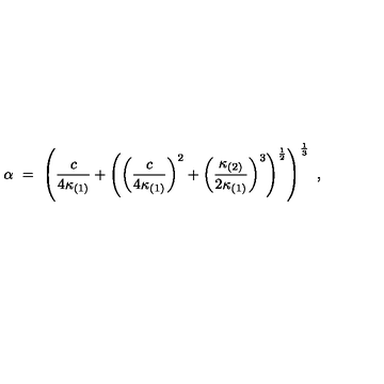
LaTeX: \alpha \ = \ \left( \frac { c } { 4 \kappa _ { ( 1 ) } } + \left( \left( \frac { c } { 4 \kappa _ { ( 1 ) } } \right) ^ { 2 } + \left( \frac { \kappa _ { ( 2 ) } } { 2 \kappa _ { ( 1 ) } } \right) ^ { 3 } \right) ^ { \frac { 1 } { 2 } } \right) ^ { \frac { 1 } { 3 } } \ ,